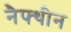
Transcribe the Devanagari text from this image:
नैफ्थीन